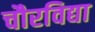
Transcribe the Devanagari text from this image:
चौरविद्या